Report of the Indian Hemp Drugs Commission, 1894-1895 - Volume I
Year: 1894
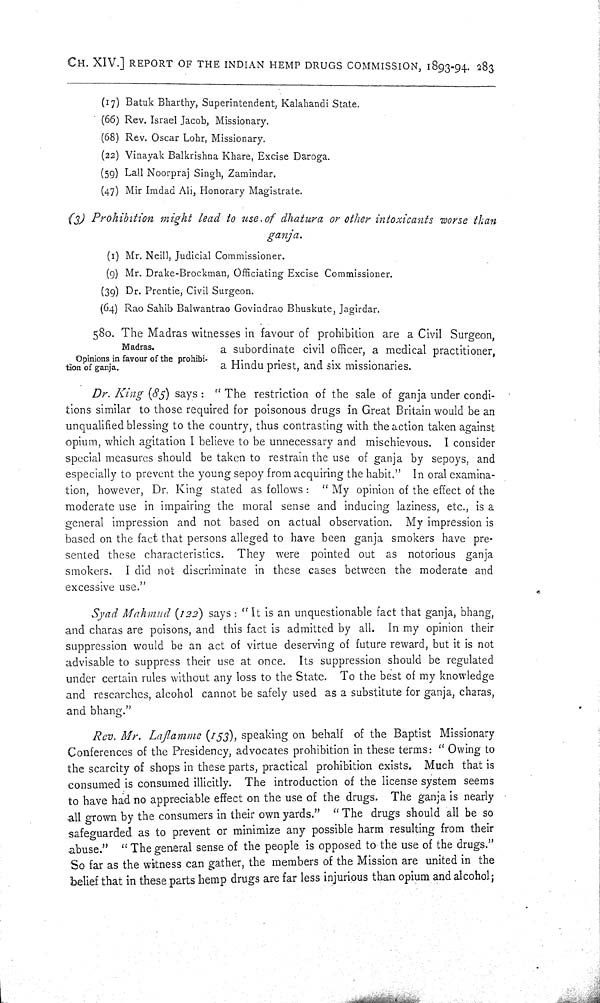
CH. XIV.] REPORT OF THE INDIAN HEMP DRUGS COMMISSION, 1893-94. 283
(17) Batuk Bharthy, Superintendent, Kalahandi State.
(66) Rev. Israel Jacob, Missionary.
(68) Rev. Oscar Lohr, Missionary.
(22) Vinayak Balkrishna Khare, Excise Daroga.
(59) Lall Noorpraj Singh, Zamindar.
(47) Mir Imdad Ali, Honorary Magistrate.
(3) Prohibition
might lead to use of dhatura or other intoxicants worse than
ganja.
(1) Mr. Neill, Judicial Commissioner.
(9) Mr. Drake-Brockman, Officiating Excise Commissioner.
(39) Dr. Prentie, Civil Surgeon.
(64) Rao Sahib Balwantrao Govindrao Bhuskute, Jagirdar.
Madras.
Opinions in favour of the prohibi-
tion of ganja.
580. The Madras witnesses in favour of prohibition are a Civil Surgeon,
a subordinate civil officer, a medical practitioner,
a Hindu priest, and six missionaries.
Dr. King (85) says: "The restriction of the sale of ganja under condi-
tions similar to those required for poisonous drugs in Great Britain would be an
unqualified blessing to the country, thus contrasting with the action taken against
opium, which agitation I believe to be unnecessary and mischievous. I consider
special measures should be taken to restrain the use of ganja by sepoys, and
especially to prevent the young sepoy from acquiring the habit." In oral examina-
tion, however, Dr. King stated as follows: "My opinion of the effect of the
moderate use in impairing the moral sense and inducing laziness, etc., is a
general impression and not based on actual observation. My impression is
based on the fact that persons alleged to have been ganja smokers have pre-
sented these characteristics. They were pointed out as notorious ganja
smokers. I did not discriminate in these cases between the moderate and
excessive use."
Syad Mahmud (122) says: "It is an unquestionable fact that ganja, bhang,
and charas are poisons, and this fact is admitted by all. In my opinion their
suppression would be an act of virtue deserving of future reward, but it is not
advisable to suppress their use at once. Its suppression should be regulated
under certain rules without any loss to the State. To the best of my knowledge
and researches, alcohol cannot be safely used as a substitute for ganja, charas,
and bhang."
Rev. Mr. Laflamme (153), speaking on behalf of the Baptist Missionary
Conferences of the Presidency, advocates prohibition in these terms: "Owing to
the scarcity of shops in these parts, practical prohibition exists. Much that is
consumed is consumed illicitly. The introduction of the license system seems
to have had no appreciable effect on the use of the drugs. The ganja is nearly
all grown by the consumers in their own yards." "The drugs should all be so
safeguarded as to prevent or minimize any possible harm resulting from their
abuse." "The general sense of the people is opposed to the use of the drugs."
So far as the witness can gather, the members of the Mission are united in the
belief that in these parts hemp drugs are far less injurious than opium and alcohol;